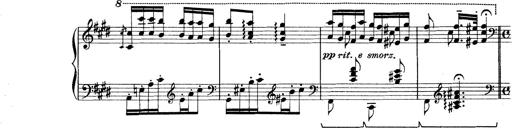
Title: Rapsodie: 19 ungheresi, 1 spagnuola
Composer: Franz Liszt